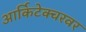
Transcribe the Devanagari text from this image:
आर्किटेक्चरवर